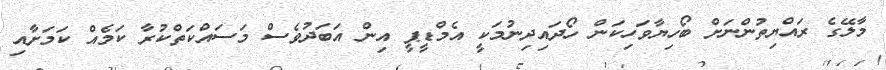
މާލޭގެ ރައްޔިތުންނަށް ބޯހިޔާވަހިކަން ހޯދައިދިނުމަކީ އެމްޑީޕީ އިން އަބަދުވެސް މަސައްކަތްކުރާ ކަމެއް ކަމަށާއި